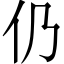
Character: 仍